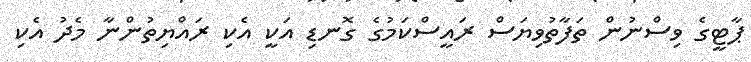
ޕާޓީގެ ވިސްނުން ތަފާތުވިޔަސް ރައީސްކަމުގެ ގޮނޑި އަކީ އެކި ރައްޔިތުންނާ މެދު އެކި